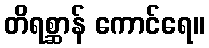
တိရစ္ဆာန် ကောင်ရေ။